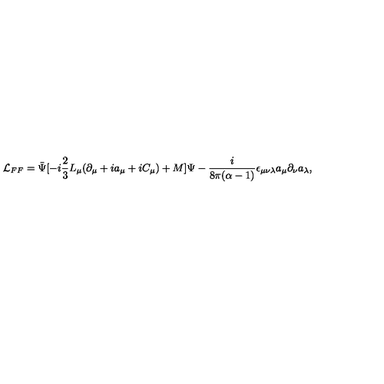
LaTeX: { \cal L } _ { F F } = \bar { \Psi } [ - i \frac { 2 } { 3 } L _ { \mu } ( \partial _ { \mu } + i a _ { \mu } + i C _ { \mu } ) + M ] \Psi - \frac { i } { 8 \pi ( \alpha - 1 ) } \epsilon _ { \mu \nu \lambda } a _ { \mu } \partial _ { \nu } a _ { \lambda } ,